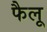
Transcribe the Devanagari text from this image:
फैलू